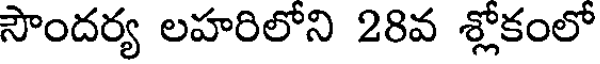
సౌందర్య లహరిలోని 28వ శ్లోకంలో